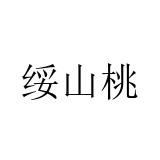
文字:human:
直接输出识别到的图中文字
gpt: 绥山桃